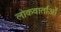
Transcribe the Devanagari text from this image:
लोकवार्ताओं